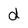
Character: d